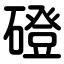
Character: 磴